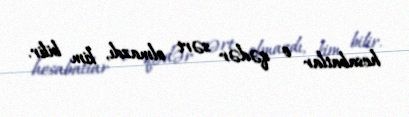
hesabatlar o qədər sərt olmazdı, kim bilir.